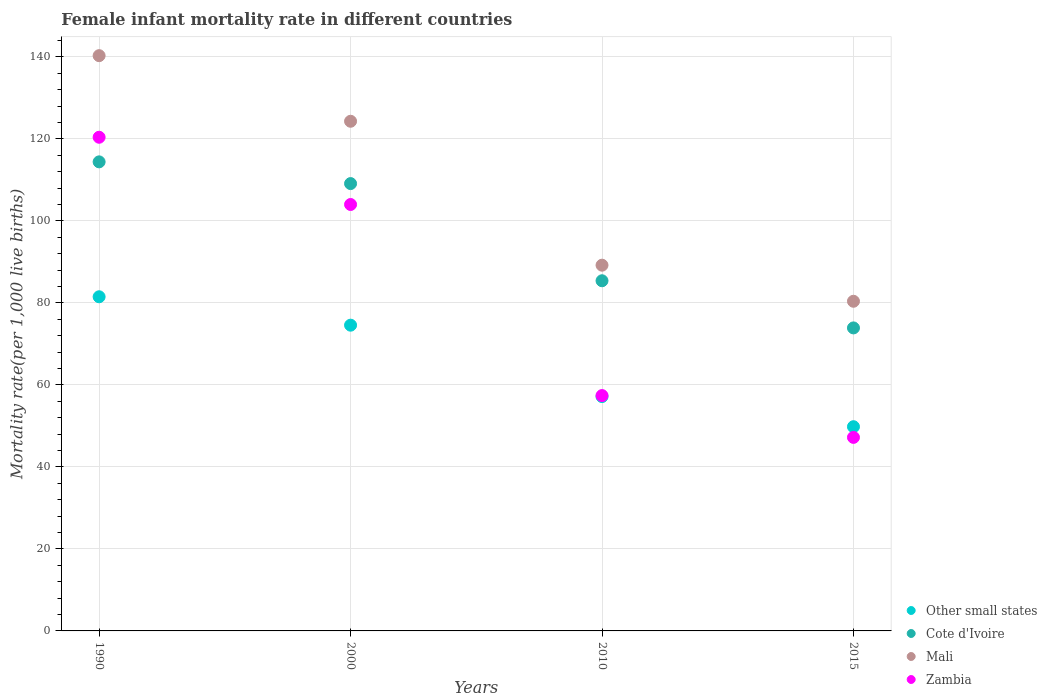
| Years | Other small states | Cote d'Ivoire | Mali | Zambia |
 | --- | --- | --- | --- | --- |
 | 1990 | 81.5 | 114 | 140 | 120 |
 | 2000 | 74.6 | 109 | 124 | 104 |
 | 2010 | 57.2 | 85.4 | 89.2 | 57.4 |
 | 2015 | 49.8 | 73.9 | 80.4 | 47.2 |